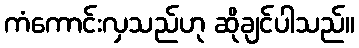
ကံကောင်းလှသည်ဟု ဆိုချင်ပါသည်။